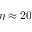
\eta \approx 2 0